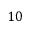
1 0